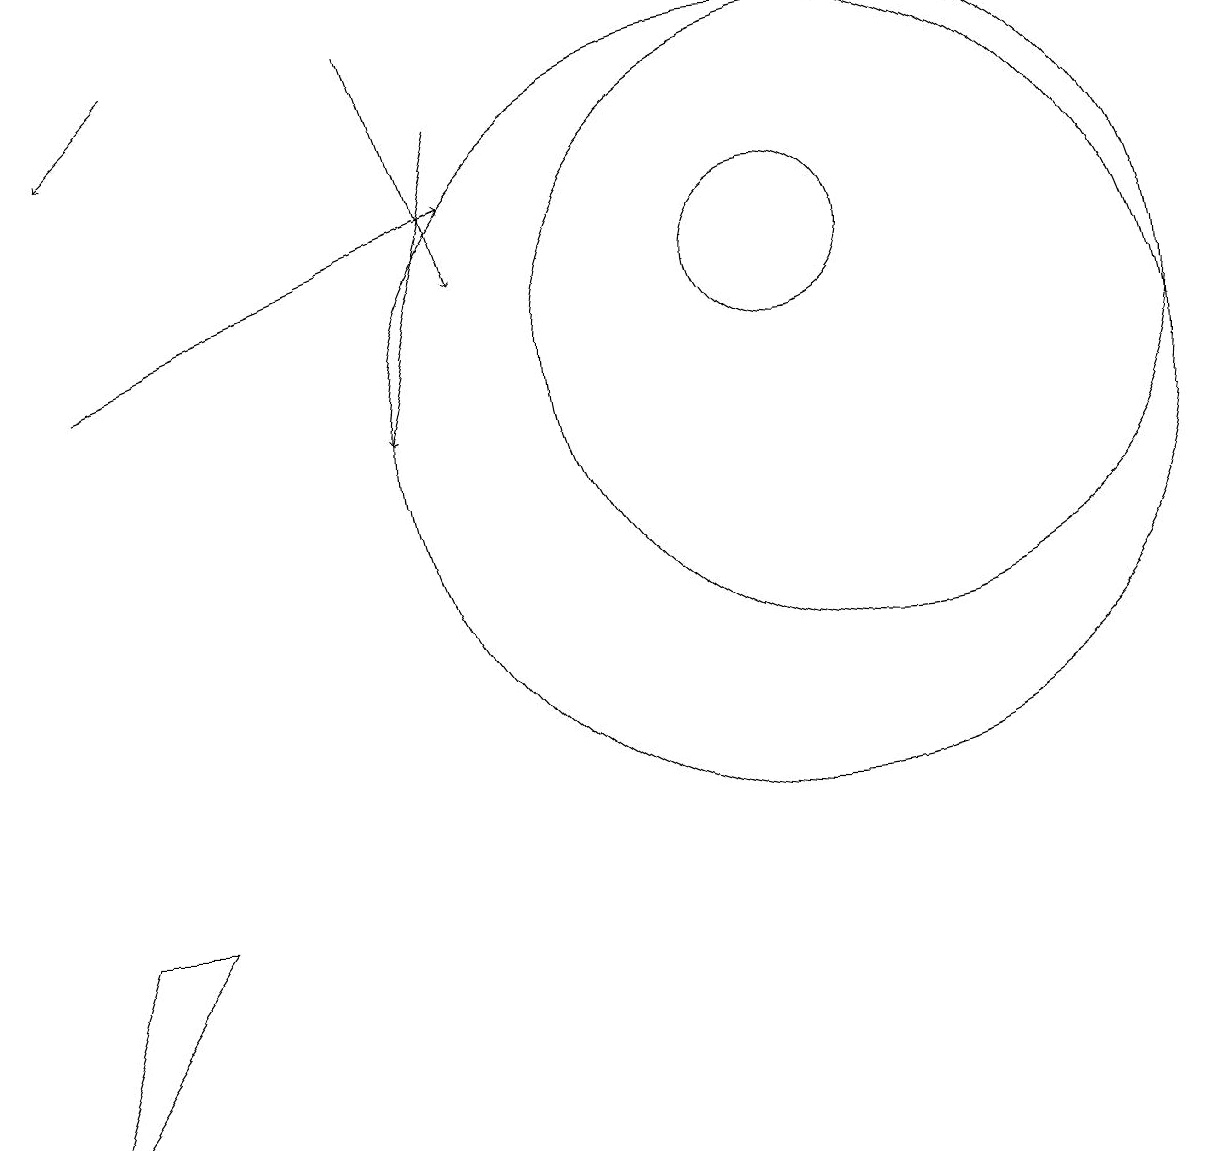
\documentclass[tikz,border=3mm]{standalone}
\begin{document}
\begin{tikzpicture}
\draw (2,4) -- (0,1) -- (1,4) -- cycle;
\draw[->] (1,11) -- (6,13);
\draw (11,11) circle (4);
\draw[->] (5,15) -- (6,12);
\draw[->] (6,14) -- (5,10);
\draw[->] (2,15) -- (1,14);
\draw (10,12) circle (1);
\draw (10,10) circle (5);
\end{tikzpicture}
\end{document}